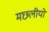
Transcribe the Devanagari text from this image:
मछ्लीयों